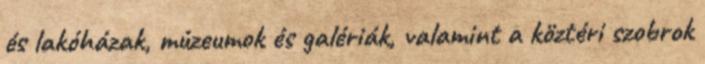
és lakóházak, múzeumok és galériák, valamint a köztéri szobrok